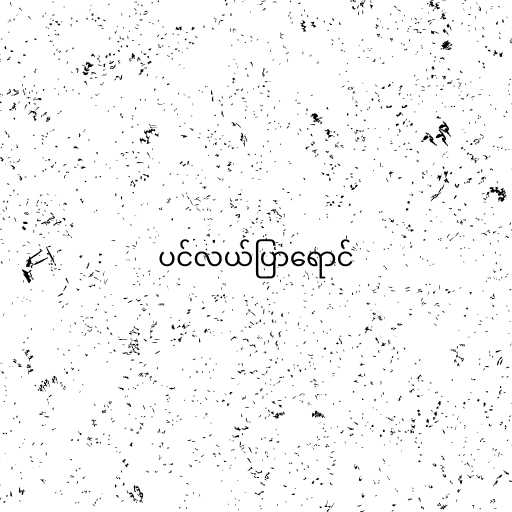
ပင်လယ်ပြာရောင်